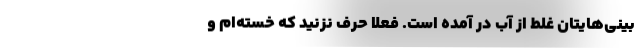
‌بینی‌هایتان غلط از آب در آمده است. فعلاً حرف نزنید که خسته‌ام و